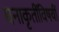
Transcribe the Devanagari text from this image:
घनाकृतींविषयीं